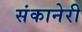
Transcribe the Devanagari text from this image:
संकानेरी